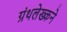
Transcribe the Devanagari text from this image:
ग्रंथलेख्कने